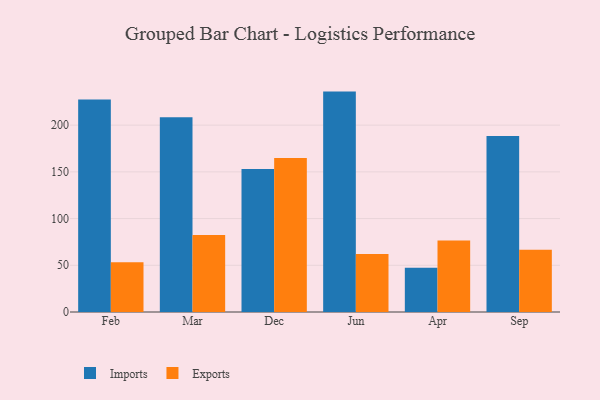
{"axis": {"x": "Month", "y": "Conversion Rate (%)"}, "legend": ["Exports", "Imports"], "data": [{"x": "Feb", "y": 227.4, "type": "Imports"}, {"x": "Feb", "y": 53.2, "type": "Exports"}, {"x": "Mar", "y": 208.5, "type": "Imports"}, {"x": "Mar", "y": 82.5, "type": "Exports"}, {"x": "Dec", "y": 153.1, "type": "Imports"}, {"x": "Dec", "y": 164.8, "type": "Exports"}, {"x": "Jun", "y": 235.9, "type": "Imports"}, {"x": "Jun", "y": 62.0, "type": "Exports"}, {"x": "Apr", "y": 47.3, "type": "Imports"}, {"x": "Apr", "y": 76.6, "type": "Exports"}, {"x": "Sep", "y": 188.4, "type": "Imports"}, {"x": "Sep", "y": 66.6, "type": "Exports"}]}